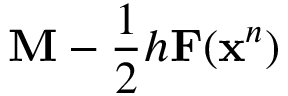
\mathbf { M } - \frac 1 2 h \mathbf { F } ( \mathbf { x } ^ { n } )